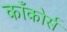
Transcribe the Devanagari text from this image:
काँकोर्स